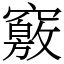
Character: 竅